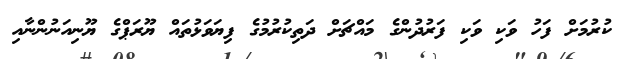
ކުރުމަށް ފަހު ވަކި ވަކި ފަރުދުންގެ މައްޗަށް ދަތިކުރުމުގެ ފިޔަވަޅުތައް ޔޫރަޕްގެ ޔޫނިއަނުންނާއި